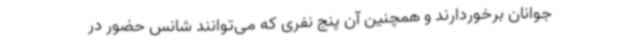
جوانان برخوردارند و همچنین آن پنج نفری که می‌توانند شانس حضور در